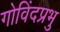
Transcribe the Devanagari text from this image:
गोविंदप्रभु